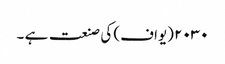
۲۰۳۰ (یواف) کی صنعت ہے ۔